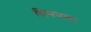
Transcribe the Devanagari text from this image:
सिगनल।